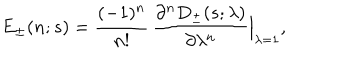
LaTeX: E _ { \pm } ( n ; s ) = { \frac { ( - 1 ) ^ { n } } { n ! } } \, { \frac { \partial ^ { n } D _ { \pm } ( s ; \lambda ) } { \partial \lambda ^ { n } } } \Bigr \vert _ { \lambda = 1 } ,